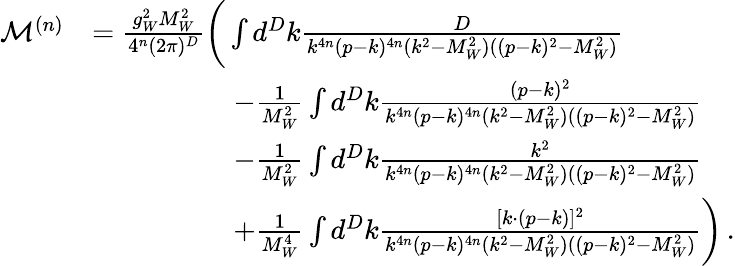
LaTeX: \begin{array}{rl}{\mathcal{M}^{(n)}}&{=\frac{g_{W}^{2}M_{W}^{2}}{4^{n}(2\pi)^{D}}\bigg(\int d^{D}k\frac{D}{k^{4n}(p-k)^{4n}(k^{2}-M_{W}^{2})((p-k)^{2}-M_{W}^{2})}}\\ &{\quad\quad\quad\quad\quad-\frac{1}{M_{W}^{2}}\int d^{D}k\frac{(p-k)^{2}}{k^{4n}(p-k)^{4n}(k^{2}-M_{W}^{2})((p-k)^{2}-M_{W}^{2})}}\\ &{\quad\quad\quad\quad\quad-\frac{1}{M_{W}^{2}}\int d^{D}k\frac{k^{2}}{k^{4n}(p-k)^{4n}(k^{2}-M_{W}^{2})((p-k)^{2}-M_{W}^{2})}}\\ &{\quad\quad\quad\quad\quad+\frac{1}{M_{W}^{4}}\int d^{D}k\frac{[k\cdot(p-k)]^{2}}{k^{4n}(p-k)^{4n}(k^{2}-M_{W}^{2})((p-k)^{2}-M_{W}^{2})}\bigg)\, .}\end{array}